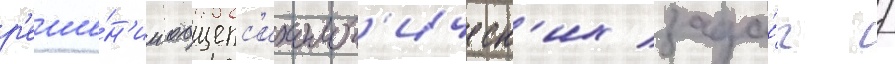
р'еше́н'ии общепс'ихолог'ическ'их зада́ч /